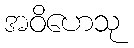
အဝိဟေသု